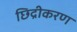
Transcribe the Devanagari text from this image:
छिद्रीकरण